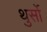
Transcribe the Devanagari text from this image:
थुर्सो